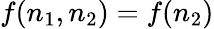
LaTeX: f(n_{1},n_{2})=f(n_{2})